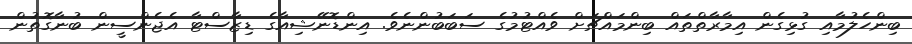
ބިންހެލުމާއި ގުޅިގެން އިމާރާތްތައް ބިންމައްޗަށް ވެއްޓުމުގެ ސަބަބުންނެވެ. އިންޑޮނޭޝިއާގެ ޑިޒާސްޓާ އެޖެންސީން ބުނާގޮތުން